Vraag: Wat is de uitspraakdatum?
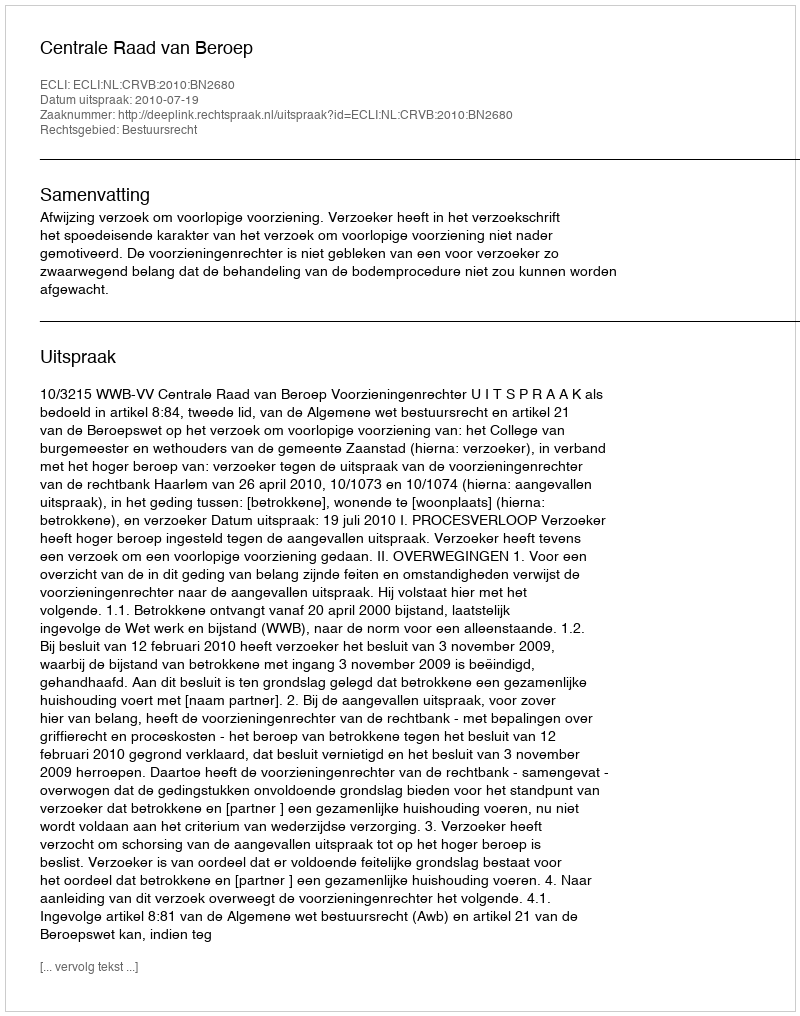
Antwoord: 2010-07-19